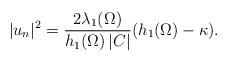
LaTeX: \begin{align*} |u_n|^2 = \frac{2 \lambda_1(\Omega)}{h_1(\Omega)\,|C|} (h_1(\Omega) - \kappa ) .\end{align*}